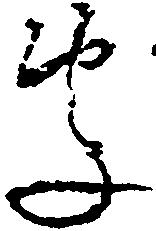
処